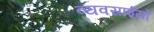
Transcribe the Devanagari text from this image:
व्यवसाईयों